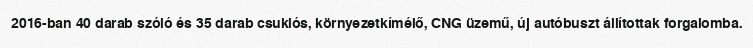
2016-ban 40 darab szóló és 35 darab csuklós, környezetkímélő, CNG üzemű, új autóbuszt állítottak forgalomba.